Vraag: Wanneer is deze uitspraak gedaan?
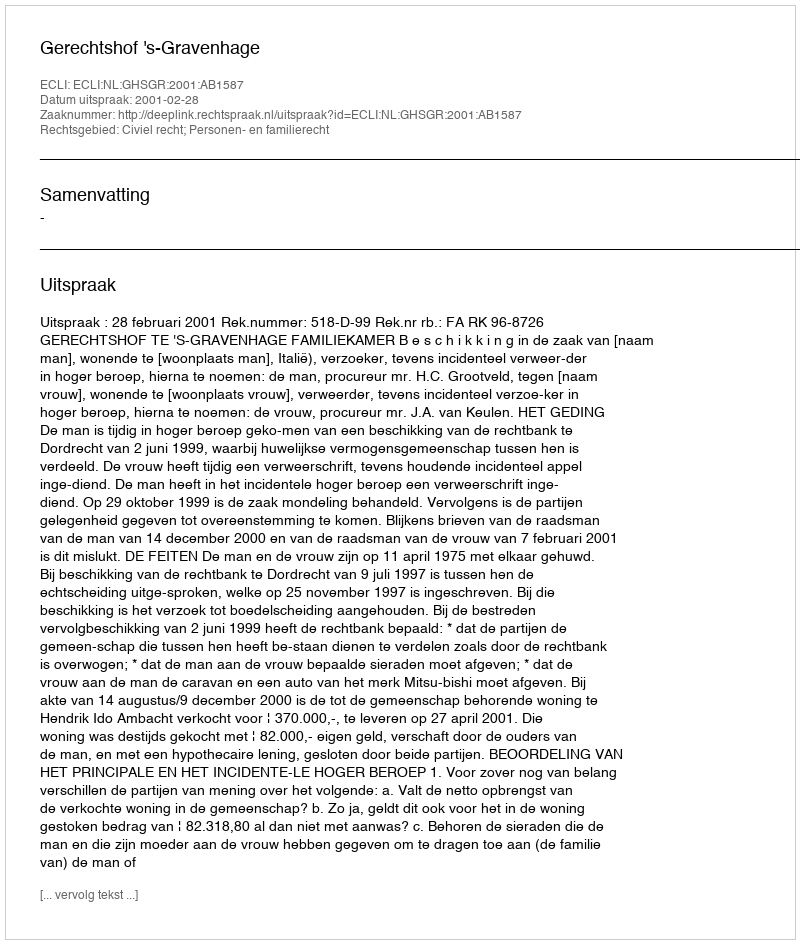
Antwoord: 2001-02-28